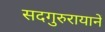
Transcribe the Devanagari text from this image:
सदगुरुरायानें